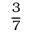
\frac { 3 } { 7 }